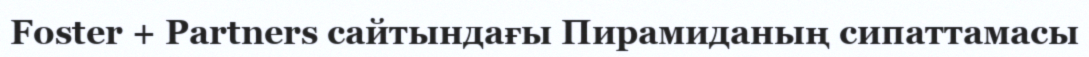
Foster + Partners сайтындағы Пирамиданың сипаттамасы